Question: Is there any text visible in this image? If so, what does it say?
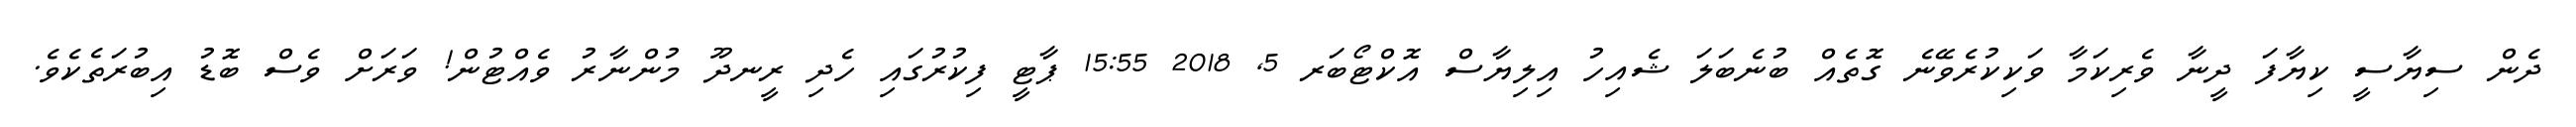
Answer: ދެން ސިޔާސީ ކިޔާފަ ދީނާ ވެރިކަމާ ވަކިކުރެވޭނެ ގޮތެއް ބުނެބަލަ ޝެއިހު އިލިޔާސް އޮކްޓޯބަރ 5, 2018 15:55 ޕާޓީ ފިކުރުގައި ހެދި ރީނދޫ މުންނާރު ވެއްޓުން! ވަރަށް ވެސް ބޮޑު އިބުރަތެކެވެ.